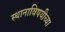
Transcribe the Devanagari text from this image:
स्थानाविषयीच्या